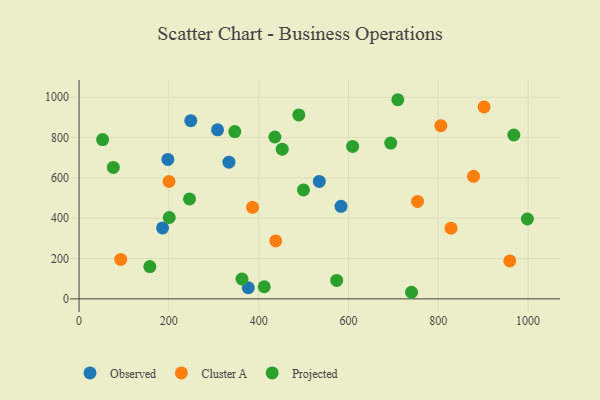
{"axis": {"x": "Speed", "y": "Profit"}, "legend": ["Cluster A", "Observed", "Projected"], "data": [{"x": "535.0", "y": 582.4, "type": "Observed"}, {"x": "248.8", "y": 883.6, "type": "Observed"}, {"x": "583.4", "y": 458.9, "type": "Observed"}, {"x": "308.4", "y": 838.2, "type": "Observed"}, {"x": "376.8", "y": 55.2, "type": "Observed"}, {"x": "333.8", "y": 677.8, "type": "Observed"}, {"x": "186.0", "y": 351.5, "type": "Observed"}, {"x": "197.8", "y": 691.5, "type": "Observed"}, {"x": "878.5", "y": 607.4, "type": "Cluster A"}, {"x": "805.7", "y": 858.6, "type": "Cluster A"}, {"x": "959.2", "y": 188.3, "type": "Cluster A"}, {"x": "828.4", "y": 350.4, "type": "Cluster A"}, {"x": "438.0", "y": 287.5, "type": "Cluster A"}, {"x": "386.3", "y": 453.7, "type": "Cluster A"}, {"x": "902.0", "y": 951.8, "type": "Cluster A"}, {"x": "200.3", "y": 581.9, "type": "Cluster A"}, {"x": "92.8", "y": 195.5, "type": "Cluster A"}, {"x": "753.8", "y": 483.2, "type": "Cluster A"}, {"x": "489.4", "y": 911.8, "type": "Projected"}, {"x": "246.0", "y": 495.4, "type": "Projected"}, {"x": "709.9", "y": 987.3, "type": "Projected"}, {"x": "499.7", "y": 540.0, "type": "Projected"}, {"x": "998.4", "y": 395.9, "type": "Projected"}, {"x": "573.7", "y": 91.5, "type": "Projected"}, {"x": "346.8", "y": 829.4, "type": "Projected"}, {"x": "52.5", "y": 789.5, "type": "Projected"}, {"x": "452.4", "y": 742.3, "type": "Projected"}, {"x": "157.7", "y": 160.2, "type": "Projected"}, {"x": "740.4", "y": 32.7, "type": "Projected"}, {"x": "412.4", "y": 60.0, "type": "Projected"}, {"x": "200.8", "y": 403.3, "type": "Projected"}, {"x": "968.2", "y": 812.3, "type": "Projected"}, {"x": "436.0", "y": 802.5, "type": "Projected"}, {"x": "609.2", "y": 755.9, "type": "Projected"}, {"x": "362.8", "y": 98.4, "type": "Projected"}, {"x": "76.3", "y": 651.8, "type": "Projected"}, {"x": "694.0", "y": 772.4, "type": "Projected"}]}